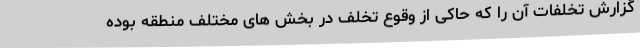
گزارش تخلفات آن را که حاکی از وقوع تخلف در بخش های مختلف منطقه بوده